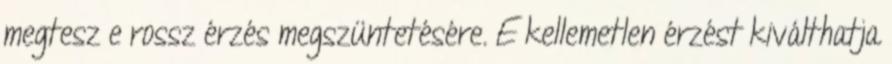
megtesz e rossz érzés megszüntetésére. E kellemetlen érzést kiválthatja